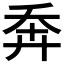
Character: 𢍃